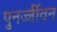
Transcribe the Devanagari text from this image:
पुनर्ज्जीवन